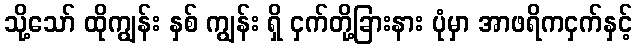
သို့သော် ထိုကျွန်း နှစ် ကျွန်း ရှိ ငှက်တို့ခြားနား ပုံမှာ အာဖရိကငှက်နှင့်